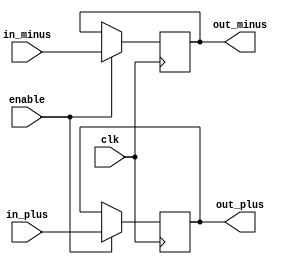
module D_FF_four_bits_enable(in_plus,in_minus,enable,clk,out_plus,out_minus);

input clk;
input enable;
input[3:0] in_minus,in_plus;
output[3:0] out_minus,out_plus;
reg[3:0] out_minus,out_plus;

initial begin
	out_minus<=4'b0;
	out_plus<=4'b0;
end

always@(posedge clk) begin
	if(enable==1'b1) begin
		out_minus<=in_minus;
		out_plus<=in_plus;
	end
end

endmodule